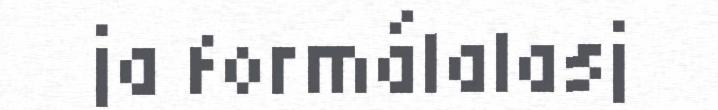
ja formálalasj